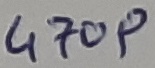
Text: 470p